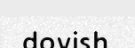
dovish